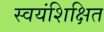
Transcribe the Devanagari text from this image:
स्वयंशिक्षित